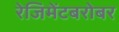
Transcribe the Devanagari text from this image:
रेजिमेंटबरोबर